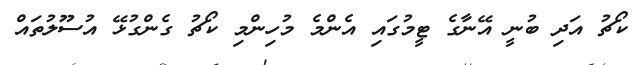
ކޯޗު އަދި ބުނީ އޭނާގެ ޓީމުގައި އެންމެ މުހިންމި ކޯޗު ގެންގުޅޭ އުސޫލުތައް